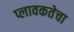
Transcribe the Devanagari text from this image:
प्लावकतेचा